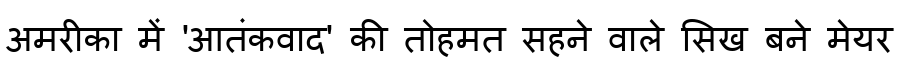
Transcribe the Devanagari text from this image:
अमरीका में 'आतंकवाद' की तोहमत सहने वाले सिख बने मेयर